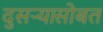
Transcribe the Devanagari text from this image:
दुसऱ्यासोबत